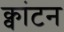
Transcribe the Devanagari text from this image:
क्वांटन